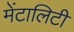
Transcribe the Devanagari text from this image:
मेंटालिटी